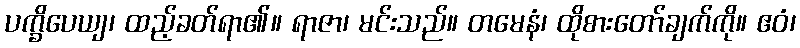
ပက္ခိပေယျ၊ ထည့်ခတ်ရာ၏။ ရာဇာ၊ မင်းသည်။ တမေနံ၊ ထိုစားတော်ချက်ကို။ ဧဝံ၊